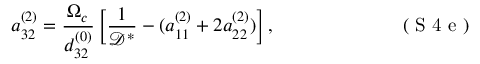
a _ { 3 2 } ^ { ( 2 ) } = \frac { \Omega _ { c } } { d _ { 3 2 } ^ { ( 0 ) } } \left[ \frac { 1 } { \mathcal { D } ^ { \ast } } - ( a _ { 1 1 } ^ { ( 2 ) } + 2 a _ { 2 2 } ^ { ( 2 ) } ) \right] , \eqno { ( \textrm { S 4 e } ) }